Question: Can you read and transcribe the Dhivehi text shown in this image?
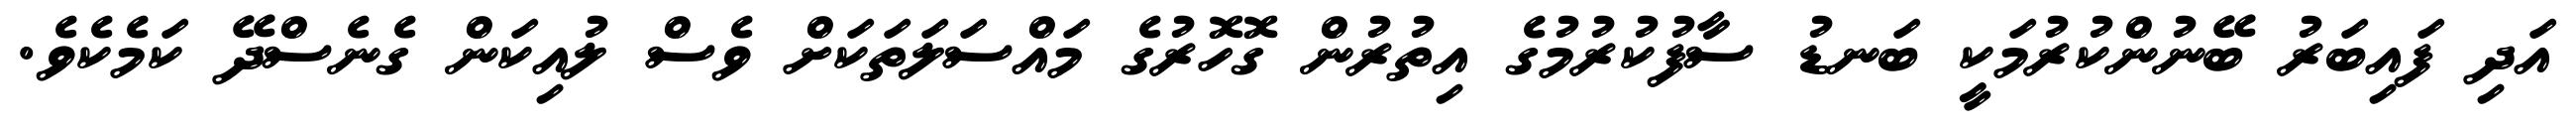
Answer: އަދި ފައިބަރު ބޭނުންކުރުމަކީ ބަނޑު ސާފުކުރުމުގެ އިތުރުން ގޮހޮރުގެ މައްސަލަތަކަށް ވެސް ލުއިކަން ގެނެސްދޭ ކަމެކެވެ.